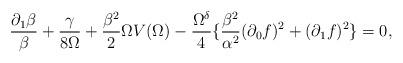
LaTeX: \begin{align*}\frac{\partial_1 \beta}{\beta} + \frac{\gamma}{8\Omega}+ \frac{\beta^2}{2} \Omega V(\Omega ) -\frac{\Omega^{\delta}}{4} \{ \frac{\beta^2}{\alpha^2} (\partial_0f )^2 + (\partial_1 f )^2 \} = 0 ,\end{align*}